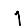
Digit: 1